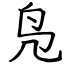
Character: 凫